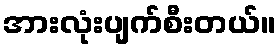
အားလုံးပျက်စီးတယ်။